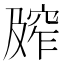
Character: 𰩕